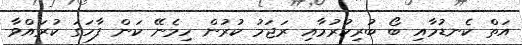
އަތް ކެނޑުމާއި ބޯ ބުރިކުރުމާއި ރަޖަމު ކުރުން ހިމެނޭ ކަން ފާހަގަ ކުރައްވާ